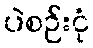
ပဲစဉ်းငုံ